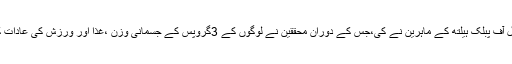
یہ نئی تحقیق امریکا کے ہارورڈ ٹی ایچ چن اسکول آف پبلک ہیلتھ کے ماہرین نے کی،جس کے دوران محققین نے لوگوں کے 3گروپس کے جسمانی وزن ،غذا اور ورزش کی عادات کے ڈیٹا کاجائزہ 1986سے2010کے دوران لیا۔